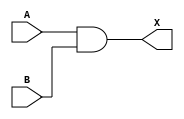
module and_gate_gate_primitive (A, B, X);

  input A, B;
  output X;

  and U0(X, A, B);

endmodule